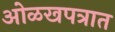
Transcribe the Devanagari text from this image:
ओळखपत्रात